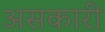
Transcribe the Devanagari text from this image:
असकारी